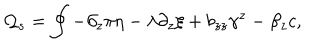
LaTeX: { \cal Q } _ { s } = \oint - \partial _ { z } \pi \eta - \lambda \partial _ { z } \xi + b _ { z z } \gamma ^ { z } - \beta _ { z } c ,